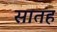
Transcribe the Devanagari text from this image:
सातह